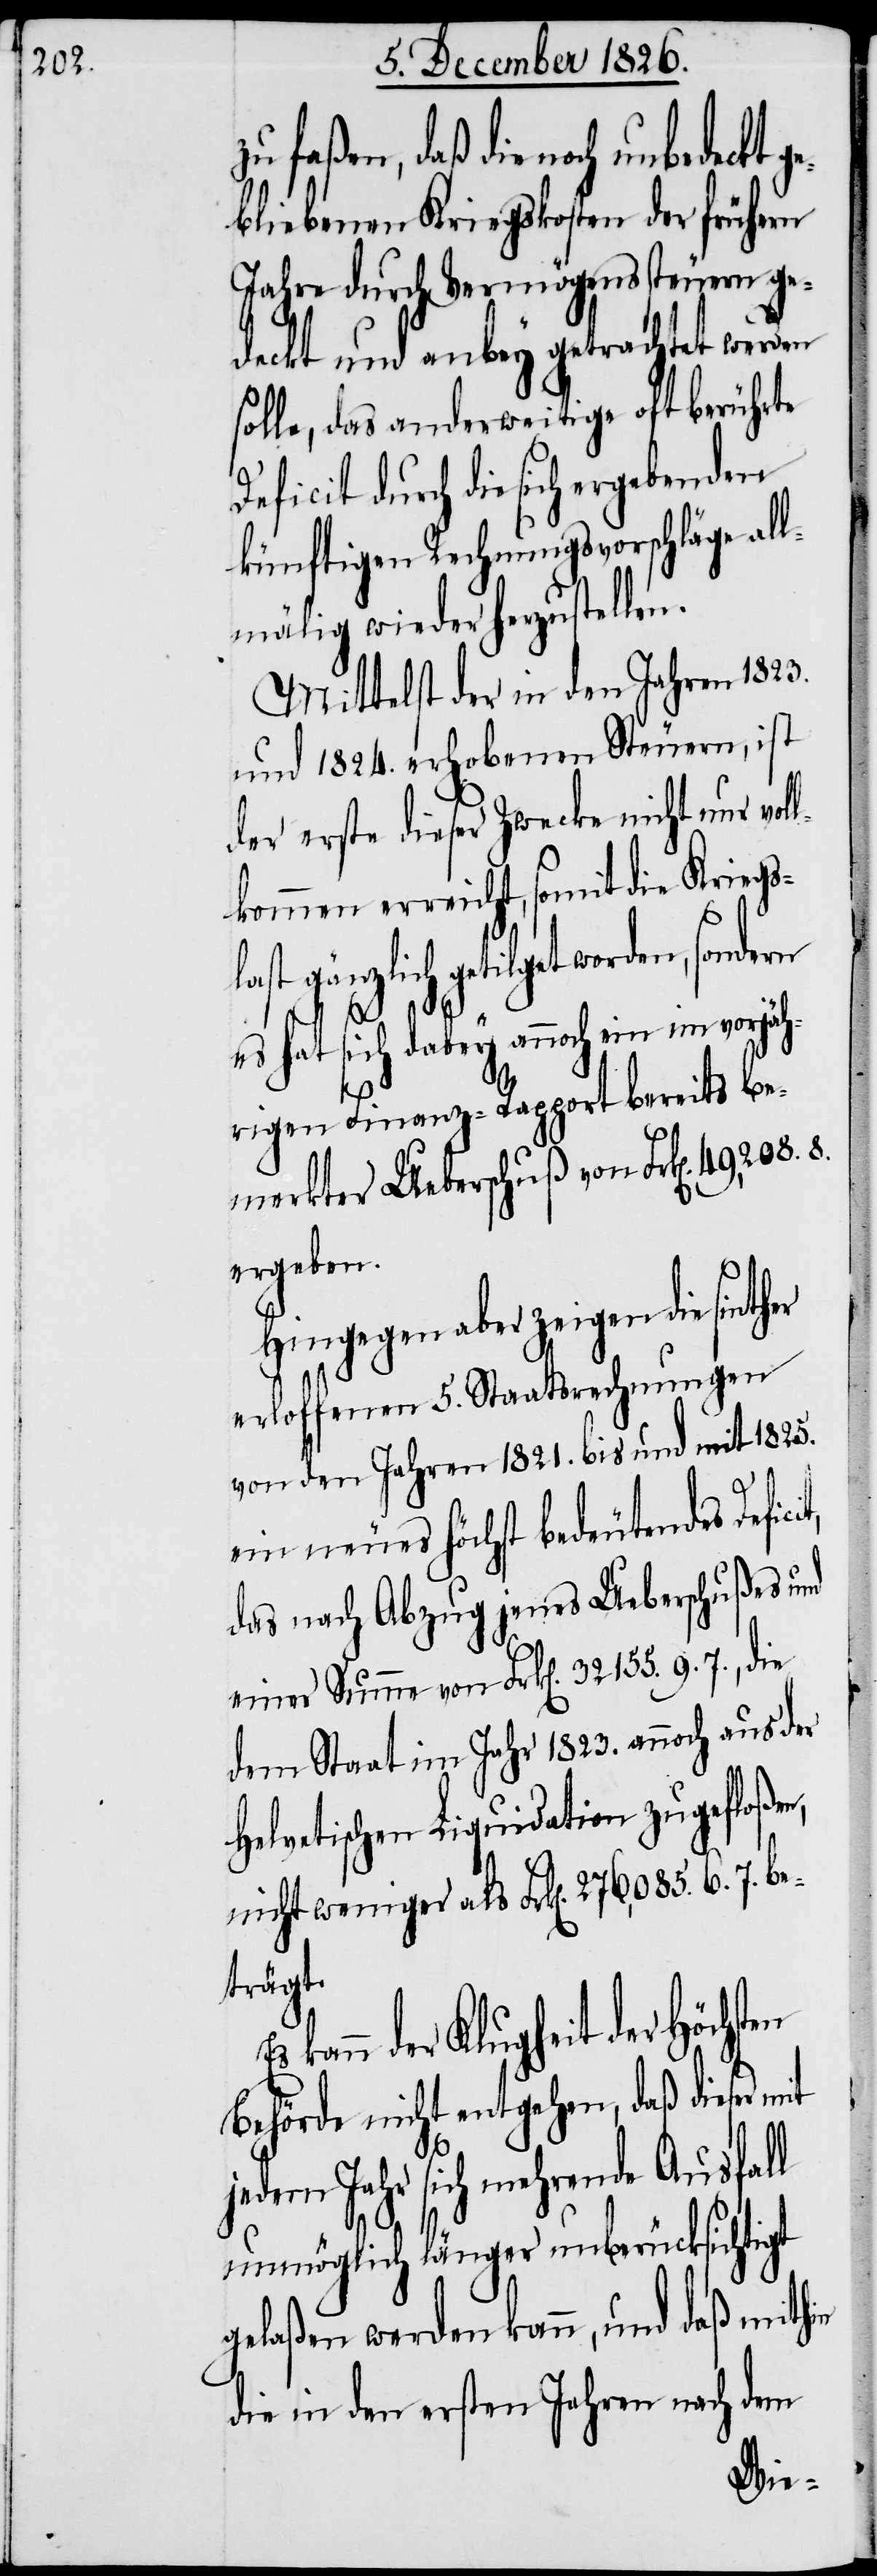
zu faßen, daß die noch unbedeckt
bliebenen Kriegskosten der frühern
Jahre durch Vermögenssteuern ge¬
deckt und anbey getrachtet werden
solle, das anderweitige oft berührte
Deficit durch die sich ergebenden
künftigen Rechnungsvorschläge al¬
lmälig wieder herzustellen.
Mittelst der in den Jahren 1823.
und 1824. erhobenen Steuern, ist
der erste dieser Zwecke nicht nur voll¬
kommen erreicht, somit die Kriegs¬
last gänzlich getilget worden, sondern
es hat sich dabey annoch ein im vorjäh¬
rigen Finanz-Rapport bereits be¬
merkter Ueberschuß von Frk[en].
ergeben.
Hingegen aber zeigen die
erloffenen 5. Staatsrechnungen
von den Jahren 1821. bis und mit 1825.
ein neues höchst bedeutendes Defic¬
das nach Abzug jenes Ueberschußes und
einer Summe von Frk[en]. 32 155. 9. 7.,
dem Staat im Jahr 1823. annoch aus der
Helvetischen Liquidation zugefloßen,
nicht weniger als Frk[en]. 276,085. 6. 7. be¬
trägt.
kann der Klugheit der Höchst¬
Behörde nicht entgehen, daß dieser mit
en
jedem Jahr sich mehrende Ausfall
unmöglich länger unberücksichtigt
gelaßen werden kann, und daß mithin
die in den ersten Jahren nach dem